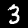
Digit: 3